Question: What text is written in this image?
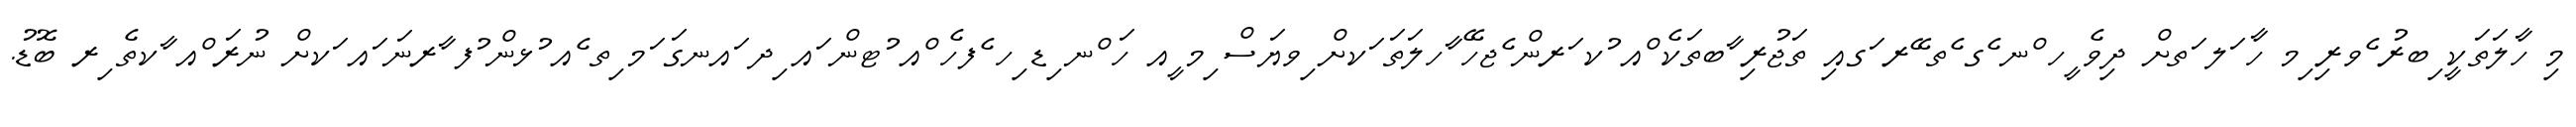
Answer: މި ހާލަތަކީ ިބރު ެވރި ިމ ހާ ަލ ަތށް ދިވެ ީހ ްނ ެގ ެތ ޭރ ަގއި ތަޖުރި ާބތަކެ ްއ ުކ ަރން ެޖހޭ ާހލަތަ ަކށް ިވޔަސް ިމ ީއ ހަ ްނ ިޑ ިހ ެފހެ ްއ ުޓން ައ ިދ ައނގަ ަމ ިތ ެއ ުޅން ުފ ާރނަ ައ ަކށް ނުރަ ްއ ާކތެ ިރ ބޮޑު.